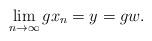
LaTeX: \begin{align*}\lim_{n\to\infty}gx_n =y=gw.\end{align*}